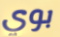
بوي